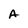
Character: A